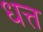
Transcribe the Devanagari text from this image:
धत्त